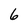
Character: 6